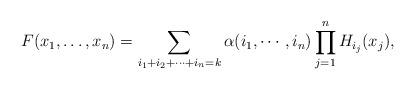
LaTeX: \begin{align*}F(x_1,\ldots,x_n)=\sum_{i_1+i_2+\cdots+i_{n}=k}\alpha(i_1,\cdots,i_{n})\prod_{j=1}^{n} H_{i_j}(x_j),\end{align*}